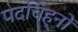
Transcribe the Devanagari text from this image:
पदचिह्‌नों